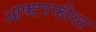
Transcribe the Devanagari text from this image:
आफ्टरफीस्ट